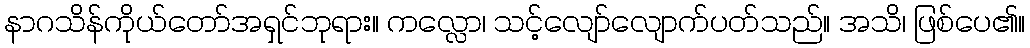
နာဂသိန်ကိုယ်တော်အရှင်ဘုရား။ ကလ္လော၊ သင့်လျော်လျောက်ပတ်သည်။ အသိ၊ ဖြစ်ပေ၏။